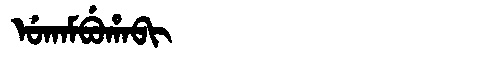
Manchu: ᡠᡴᠠᠮᠪᡠᡥᠠᠪᡳ
Romanization: UKAMBUHABI